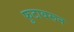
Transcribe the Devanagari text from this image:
फुटावरून